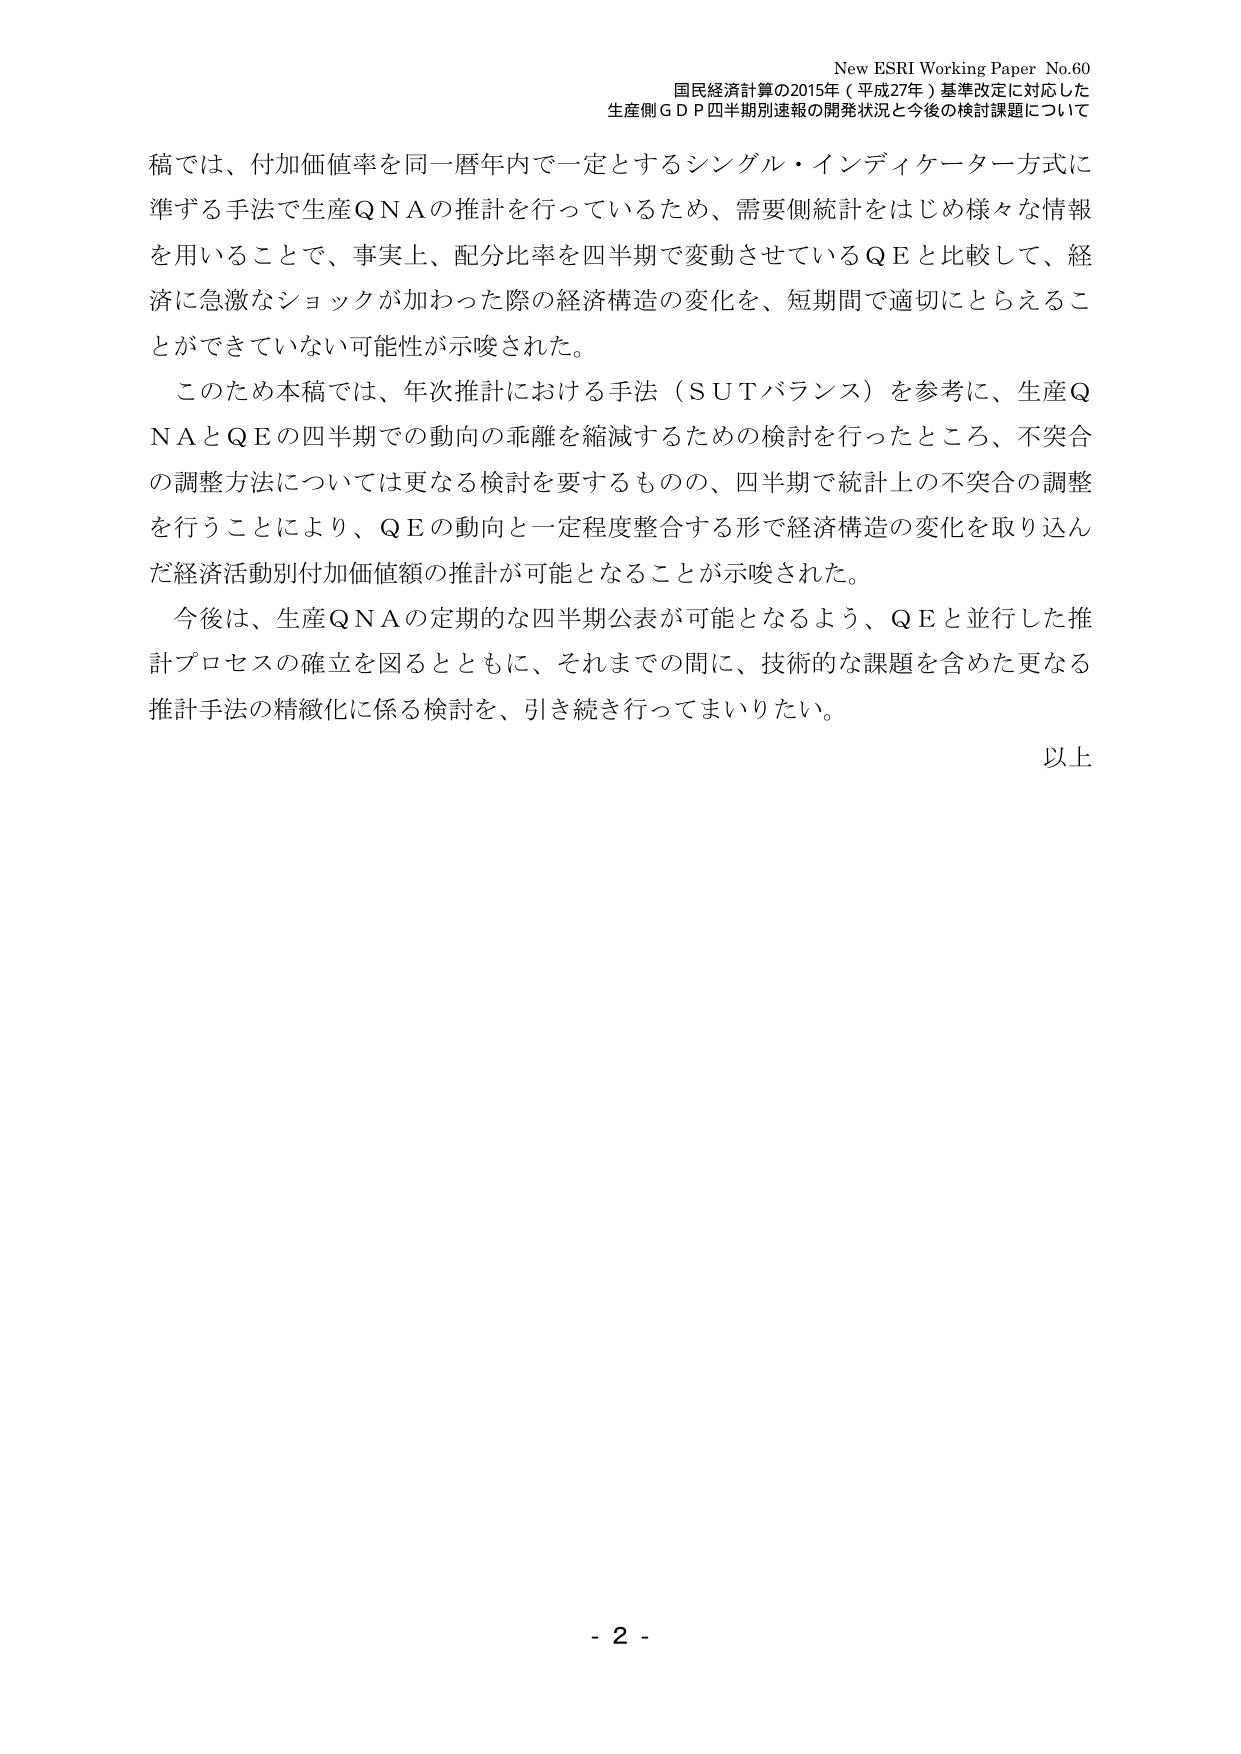
New ESRI Working Paper No.60
国民経済計算の2015年（平成27年）基準改定に対応した
生産側ＧＤＰ四半期別速報の開発状況と今後の検討課題について

稿では、付加価値率を同一暦年内で一定とするシングル・インディケーター方式に
準ずる手法で生産ＱＮＡの推計を行っているため、需要側統計をはじめ様々な情報
を用いることで、事実上、配分比率を四半期で変動させているＱＥと比較して、経
済に急激なショックが加わった際の経済構造の変化を、短期間で適切にとらえるこ
とができていない可能性が示唆された。

このため本稿では、年次推計における手法（ＳＵＴバランス）を参考に、生産Ｑ
ＮＡとＱＥの四半期での動向の乖離を縮減するための検討を行ったところ、不突合
の調整方法については更なる検討を要するものの、四半期で統計上の不突合の調整
を行うことにより、ＱＥの動向と一定程度整合する形で経済構造の変化を取り込ん
だ経済活動別付加価値額の推計が可能となることが示唆された。

今後は、生産ＱＮＡの定期的な四半期公表が可能となるよう、ＱＥと並行した推
計プロセスの確立を図るとともに、それまでの間に、技術的な課題を含めた更なる
推計手法の精緻化に係る検討を、引き続き行ってまいりたい。

以上

- 2 -